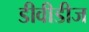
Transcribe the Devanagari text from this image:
डीवीडीज